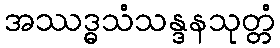
အဿဒ္ဓသံသန္ဒနသုတ္တံ